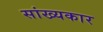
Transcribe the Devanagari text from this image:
सांख्यकार